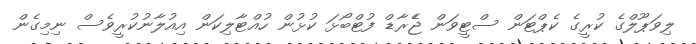
ލިވަޕޫލްގެ ކުރީގެ ކެޕްޓަން ސްޓީވަން ޖެެރާޑް ފުޓްބޯޅަ ކުޅުން ހުއްޓާލިކަން އިއުލާނުކުރީވެސް ނިމިގެން